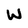
Character: W